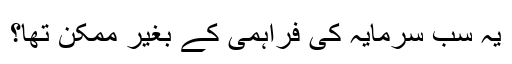
یہ سب سرمایہ کی فراہمی کے بغیر ممکن تھا؟